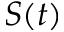
S ( t )